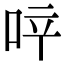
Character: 𠲗